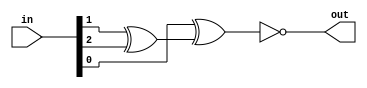
	module oddparitygen(
input [3:0] in,
output out);
	
	assign out = ~(in[0] ^ (in[1] ^ in[2]));

endmodule